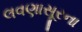
લવણાસૂરના